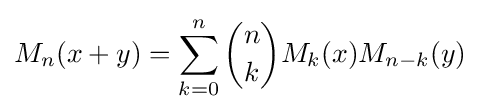
M_{n}(x+y)=\sum _{k=0}^{n}{\binom {n}{k}}M_{k}(x)M_{n-k}(y)